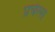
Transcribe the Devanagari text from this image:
प्रचेल्स